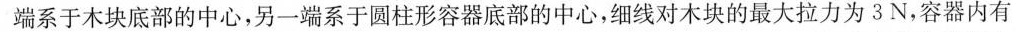
端系于木块底部的中心，另一端系于圆柱形容器底部的中心，细线对木块的最大拉力为3N，容器内有